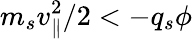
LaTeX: m_{s}v_{\parallel}^{2}/2<-q_{s}\phi